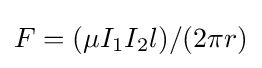
F=(\mu I_{1}I_{2}l)/(2\pi r)